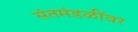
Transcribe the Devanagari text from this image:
संतमंडळींवर